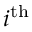
i ^ { \mathrm { { t h } } }